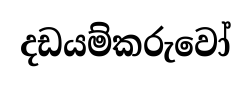
දඩයම්කරුවෝ